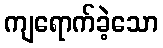
ကျရောက်ခဲ့သော